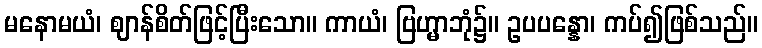
မနောမယံ၊ ဈာန်စိတ်ဖြင့်ပြီးသော။ ကာယံ၊ ဗြဟ္မာဘုံ၌။ ဥပပန္နော၊ ကပ်၍ဖြစ်သည်။